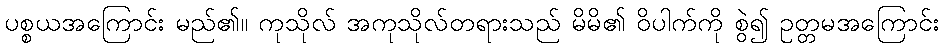
ပစ္စယအကြောင်း မည်၏။ ကုသိုလ် အကုသိုလ်တရားသည် မိမိ၏ ဝိပါက်ကို စွဲ၍ ဥတ္တမအကြောင်း